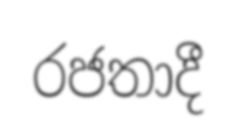
රජතාදී